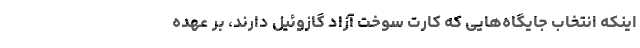
اینکه انتخاب جایگاه‌هایی که کارت سوخت آزاد گازوئیل دارند، بر عهده